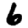
Digit: 6